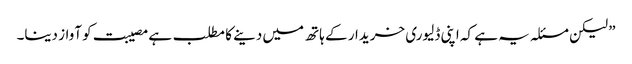
” لیکن مسئلہ یہ ہے کہ اپنی ڈلیوری خریدار کے ہاتھ میں دینے کا مطلب ہے مصیبت کو آواز دینا۔